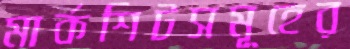
মার্কশিটসমূহের